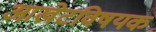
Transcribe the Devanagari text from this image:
आखेटविषयक